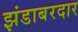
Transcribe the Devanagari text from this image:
झंडाबरदार